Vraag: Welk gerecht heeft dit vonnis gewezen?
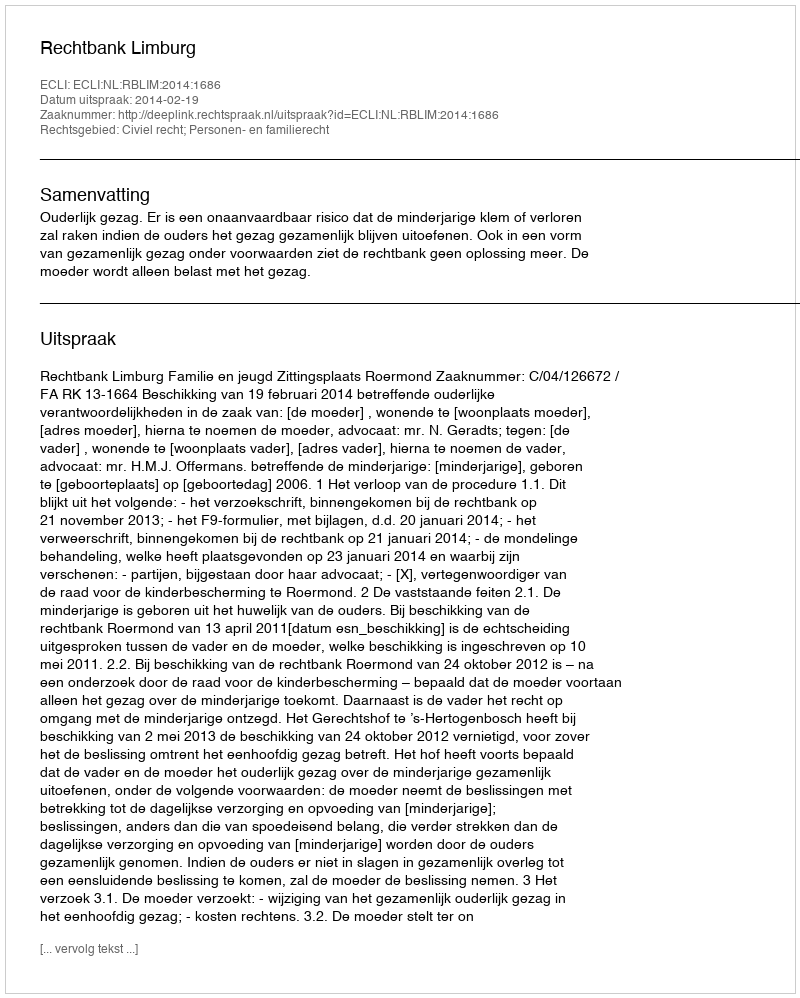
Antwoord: Rechtbank Limburg